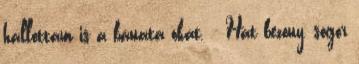
hallottam is a bánata okát. - Hát bezony, sógor